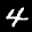
Label: 4